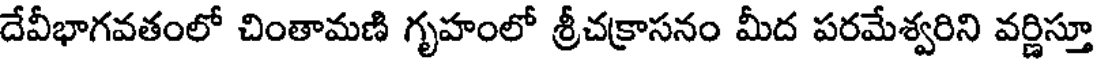
దేవీభాగవతంలో చింతామణి గృహంలో శ్రీచక్రాసనం మీద పరమేశ్వరిని వర్ణిస్తూ